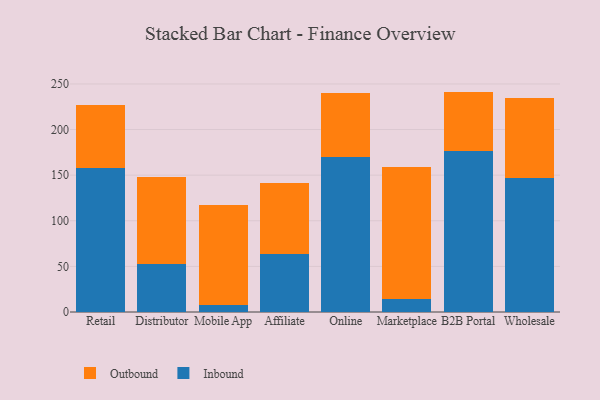
{"axis": {"x": "Channel", "y": "Active Users"}, "legend": ["Inbound", "Outbound"], "data": [{"x": "Retail", "y": 157.5, "type": "Inbound"}, {"x": "Retail", "y": 69.5, "type": "Outbound"}, {"x": "Distributor", "y": 52.6, "type": "Inbound"}, {"x": "Distributor", "y": 94.9, "type": "Outbound"}, {"x": "Mobile App", "y": 7.6, "type": "Inbound"}, {"x": "Mobile App", "y": 110.2, "type": "Outbound"}, {"x": "Affiliate", "y": 63.3, "type": "Inbound"}, {"x": "Affiliate", "y": 78.5, "type": "Outbound"}, {"x": "Online", "y": 169.6, "type": "Inbound"}, {"x": "Online", "y": 70.2, "type": "Outbound"}, {"x": "Marketplace", "y": 14.4, "type": "Inbound"}, {"x": "Marketplace", "y": 144.7, "type": "Outbound"}, {"x": "B2B Portal", "y": 176.9, "type": "Inbound"}, {"x": "B2B Portal", "y": 64.7, "type": "Outbound"}, {"x": "Wholesale", "y": 147.4, "type": "Inbound"}, {"x": "Wholesale", "y": 86.7, "type": "Outbound"}]}